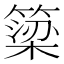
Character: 簗